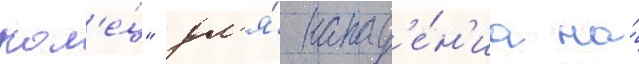
кол'е́ц" дл'я́ напад'е́н'иа на́